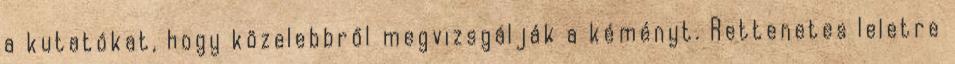
a kutatókat, hogy közelebbről megvizsgálják a kéményt. Rettenetes leletre